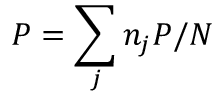
P = \sum _ { j } n _ { j } P / N